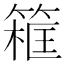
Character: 𥱜